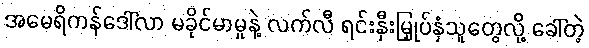
အမေရိကန်ဒေါ်လာ မခိုင်မာမှုနဲ့ လက်လီ ရင်းနှီးမြှုပ်နှံသူတွေလို့ ခေါ်တဲ့